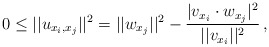
\begin{align*} 0\leq ||u_{x_i,x_j}||^2= ||w_{x_j}||^2- \frac{|v_{x_i}\cdot w_{x_j}|^2}{||v_{x_i}||^2}\,, \end{align*}